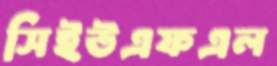
সিইউএফএল